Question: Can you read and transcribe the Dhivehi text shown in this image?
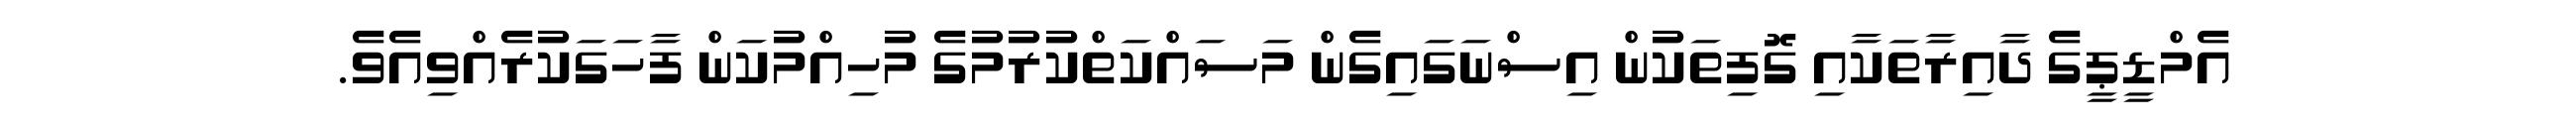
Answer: އެމްޑީޕީގެ ދާއިރާތަކާއި ގޮފިތަކުން އިސްނަގައިގެން މަސައްކަތްކުރުމުގެ މުހިއްމުކަން ފާހަގަކުރެއްވިއެވެ.